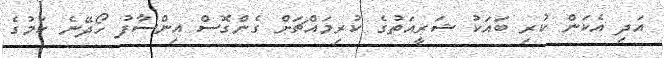
އަދި އެކަން ކުރި ބައަކު ޝަރީއަތުގެ ކުރިމައްޗަށް ގެންގޮސް އިންސާފު ހޯދޭނެ ކަމުގެ